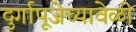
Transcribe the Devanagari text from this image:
दुर्गापूजेच्यावेळी